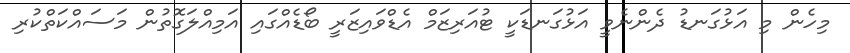
މިހެން މި އަޅުގަނޑު ދެންނެވީ އަޅުގަނޑަކީ ޓުއަރިޒަމް އެޑްވައިޒަރީ ބޯޑެއްގައި އަމިއްލަގޮތުން މަސައްކަތްކުރި